Indian journal of veterinary science and animal husbandry - Volume 1,
Year: 1931
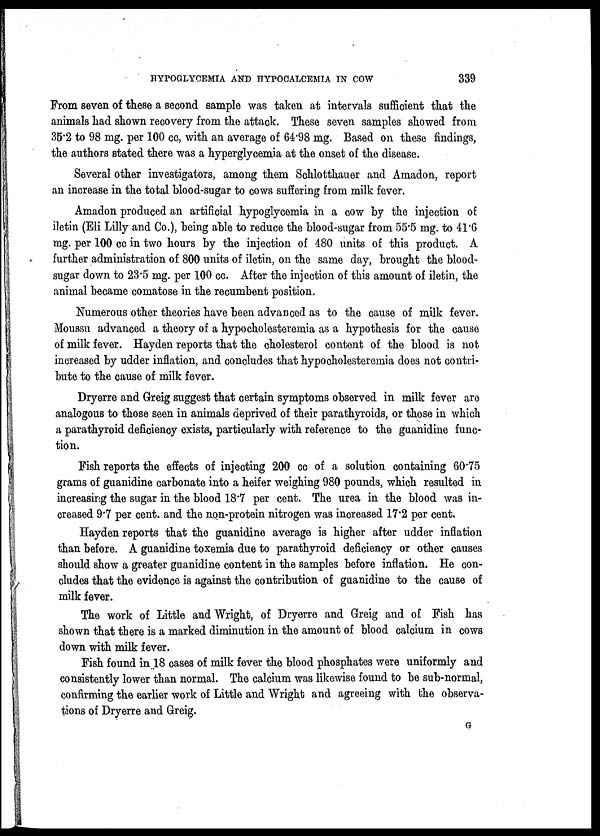
HYPOGLYCEMIA AND HYPOCALCEMIA IN COW
339
From seven of these a second sample was taken at intervals sufficient that the
animals had shown recovery from the attack. These seven samples showed from
35.2 to 98 mg. per 100 cc, with an average of 64.98 mg. Based on these findings,
the authors stated there was a hyperglycemia at the onset of the disease.
Several other investigators, among them Schlotthauer and Amadon, report
an increase in the total blood-sugar to cows suffering from milk fever.
Amadon produced an artificial hypoglycemia in a cow by the injection of
iletin (Eli Lilly and Co.), being able to reduce the blood-sugar from 55.5 mg. to 41 .6
mg. per 100 cc in two hours by the injection of 480 units of this product. A
further administration of 800 units of iletin, on the same day, brought the blood-
sugar down to 23.5 mg. per 100 cc. After the injection of this amount of iletin, the
animal became comatose in the recumbent position.
Numerous other theories have been advanced as to the cause of milk fever.
Moussu advanced a theory of a hypocholesteremia as a hypothesis for the cause
of milk fever. Hayden reports that the cholesterol content of the blood is not
increased by udder inflation, and concludes that hypocholesteremia does not contri-
bute to the cause of milk fever.
Dryerre and Greig suggest that certain symptoms observed in milk fever are
analogous to those seen in animals deprived of their parathyroids, or those in which
a parathyroid deficiency exists, particularly with reference to the guanidine func-
tion.
Fish reports the effects of injecting 200 cc of a solution containing 60.75
grams of guanidine carbonate into a heifer weighing 980 pounds, which resulted in
increasing the sugar in the blood 18.7 per cent. The urea in the blood was in-
creased 9.7 per cent. and the non-protein nitrogen was increased 17.2 per cent.
Hayden reports that the guanidine average is higher after udder inflation
than before. A guanidine toxemia due to parathyroid deficiency or other causes
should show a greater guanidine content in the samples before inflation. He con-
cludes that the evidence is against the contribution of guanidine to the cause of
milk fever.
The work of Little and Wright, of Dryerre and Greig and of Fish has
shown that there is a marked diminution in the amount of blood calcium in cows
down with milk fever.
Fish found in 18 cases of milk fever the blood phosphates were uniformly and
consistently lower than normal. The calcium was likewise found to be sub-normal,
confirming the earlier work of Little and Wright and agreeing with the observa-
tions of Dryerre and Greig.
G